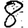
Digit: 8